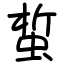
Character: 蜤